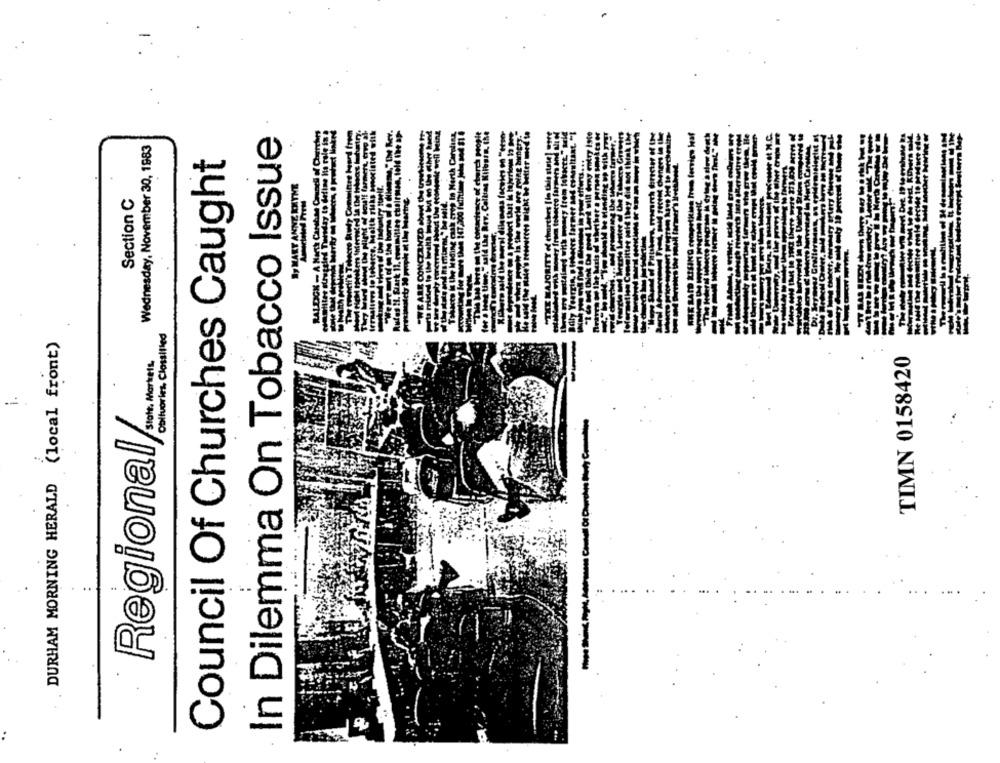
In Dilemma On Tobacco Issue
Macro Budy Conmittre Heard from
Typ In North Carolina
+ s Meg tiier, " said the Rev. Collins Kilburn, the
Wednesday, November 30, 1983
WEARE CONCERNED about the Usetintope
(Teisday to define lo oolg
Council Of Churches Caught
this state
race on a predoct thut ii lajvrr
Sy MART ANNE INTHE
Section C
KIM
Obituaries, Classified
DURHAM MORNING HERALD (local front)
TIMN 0158420
state. Markets,
Regional/